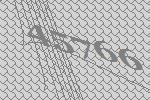
45766